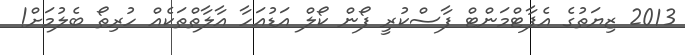
2013 ޒިޔަތުގެ އެޕާޓްމަންޓް ފާސްކުރީ ފޯން ކޯލް އަޑުއަހާ އާލާތްތަކެއް ހުރިތޯ ބެލުމަށް!